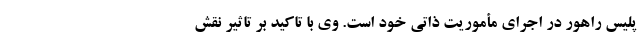
پلیس راهور در اجرای مأموریت ذاتی خود است. وی با تاکید بر تاثیر نقش